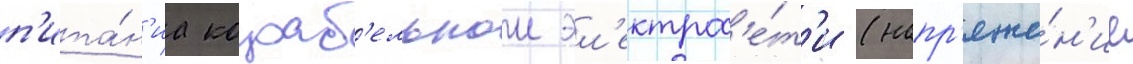
п'ита́н'иа кораб'ельнои эл'ектрос'е́т'и (напр'яже́н'ие